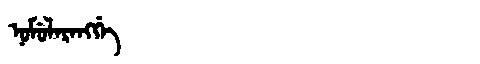
Manchu: ᠨᠣᠮᡠᠯᠠᡵᠠᠩᡤᡝ
Romanization: NOMULARANGGE